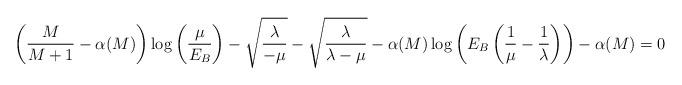
LaTeX: \begin{align*} \left( \frac{M}{M+1} - \alpha(M) \right) \log \left( \frac{\mu}{E_B} \right) - \sqrt{\frac{\lambda}{-\mu}} - \sqrt{\frac{\lambda}{\lambda - \mu}} - \alpha(M) \log\left( E_B \left( \frac{1}{\mu} - \frac{1}{\lambda} \right) \right) - \alpha(M) = 0\end{align*}